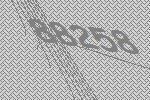
88258